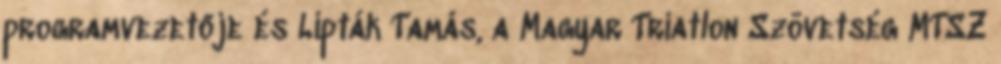
programvezetője és Lipták Tamás, a Magyar Triatlon Szövetség MTSZ